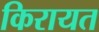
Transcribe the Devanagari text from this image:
किरायत